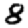
Digit: 8